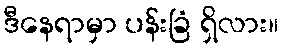
ဒီနေရာမှာ ပန်းခြံ ရှိလား။